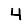
Digit: 4